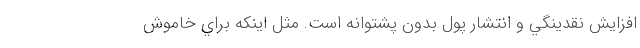
افزايش نقدينگي و انتشار پول بدون پشتوانه است. مثل اينكه براي خاموش